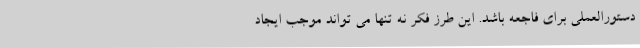
دستورالعملی برای فاجعه باشد. این طرز فکر نه تنها می تواند موجب ایجاد